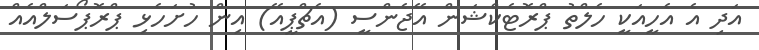
އަދި އެ އެހީއަކީ ހެލްތު ޕްރޮޓެކްޝަން އޭޖެންސީ (އެޗްޕީއޭ) އިން ހުށަހެޅި ޕްރޮޕޯސަލްއެއް